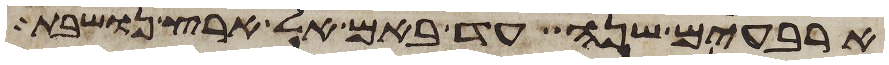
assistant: ארבעים שנה עד באם אל ארץ נושבת